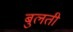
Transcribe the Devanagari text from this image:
बुलती